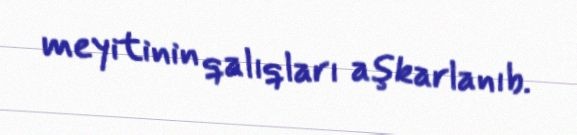
meyitinin qalıqları aşkarlanıb.